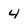
Character: 4